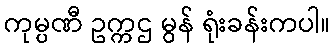
ကုမ္ပဏီ ဥက္ကဌ မွန် ရုံးခန်းကပါ။